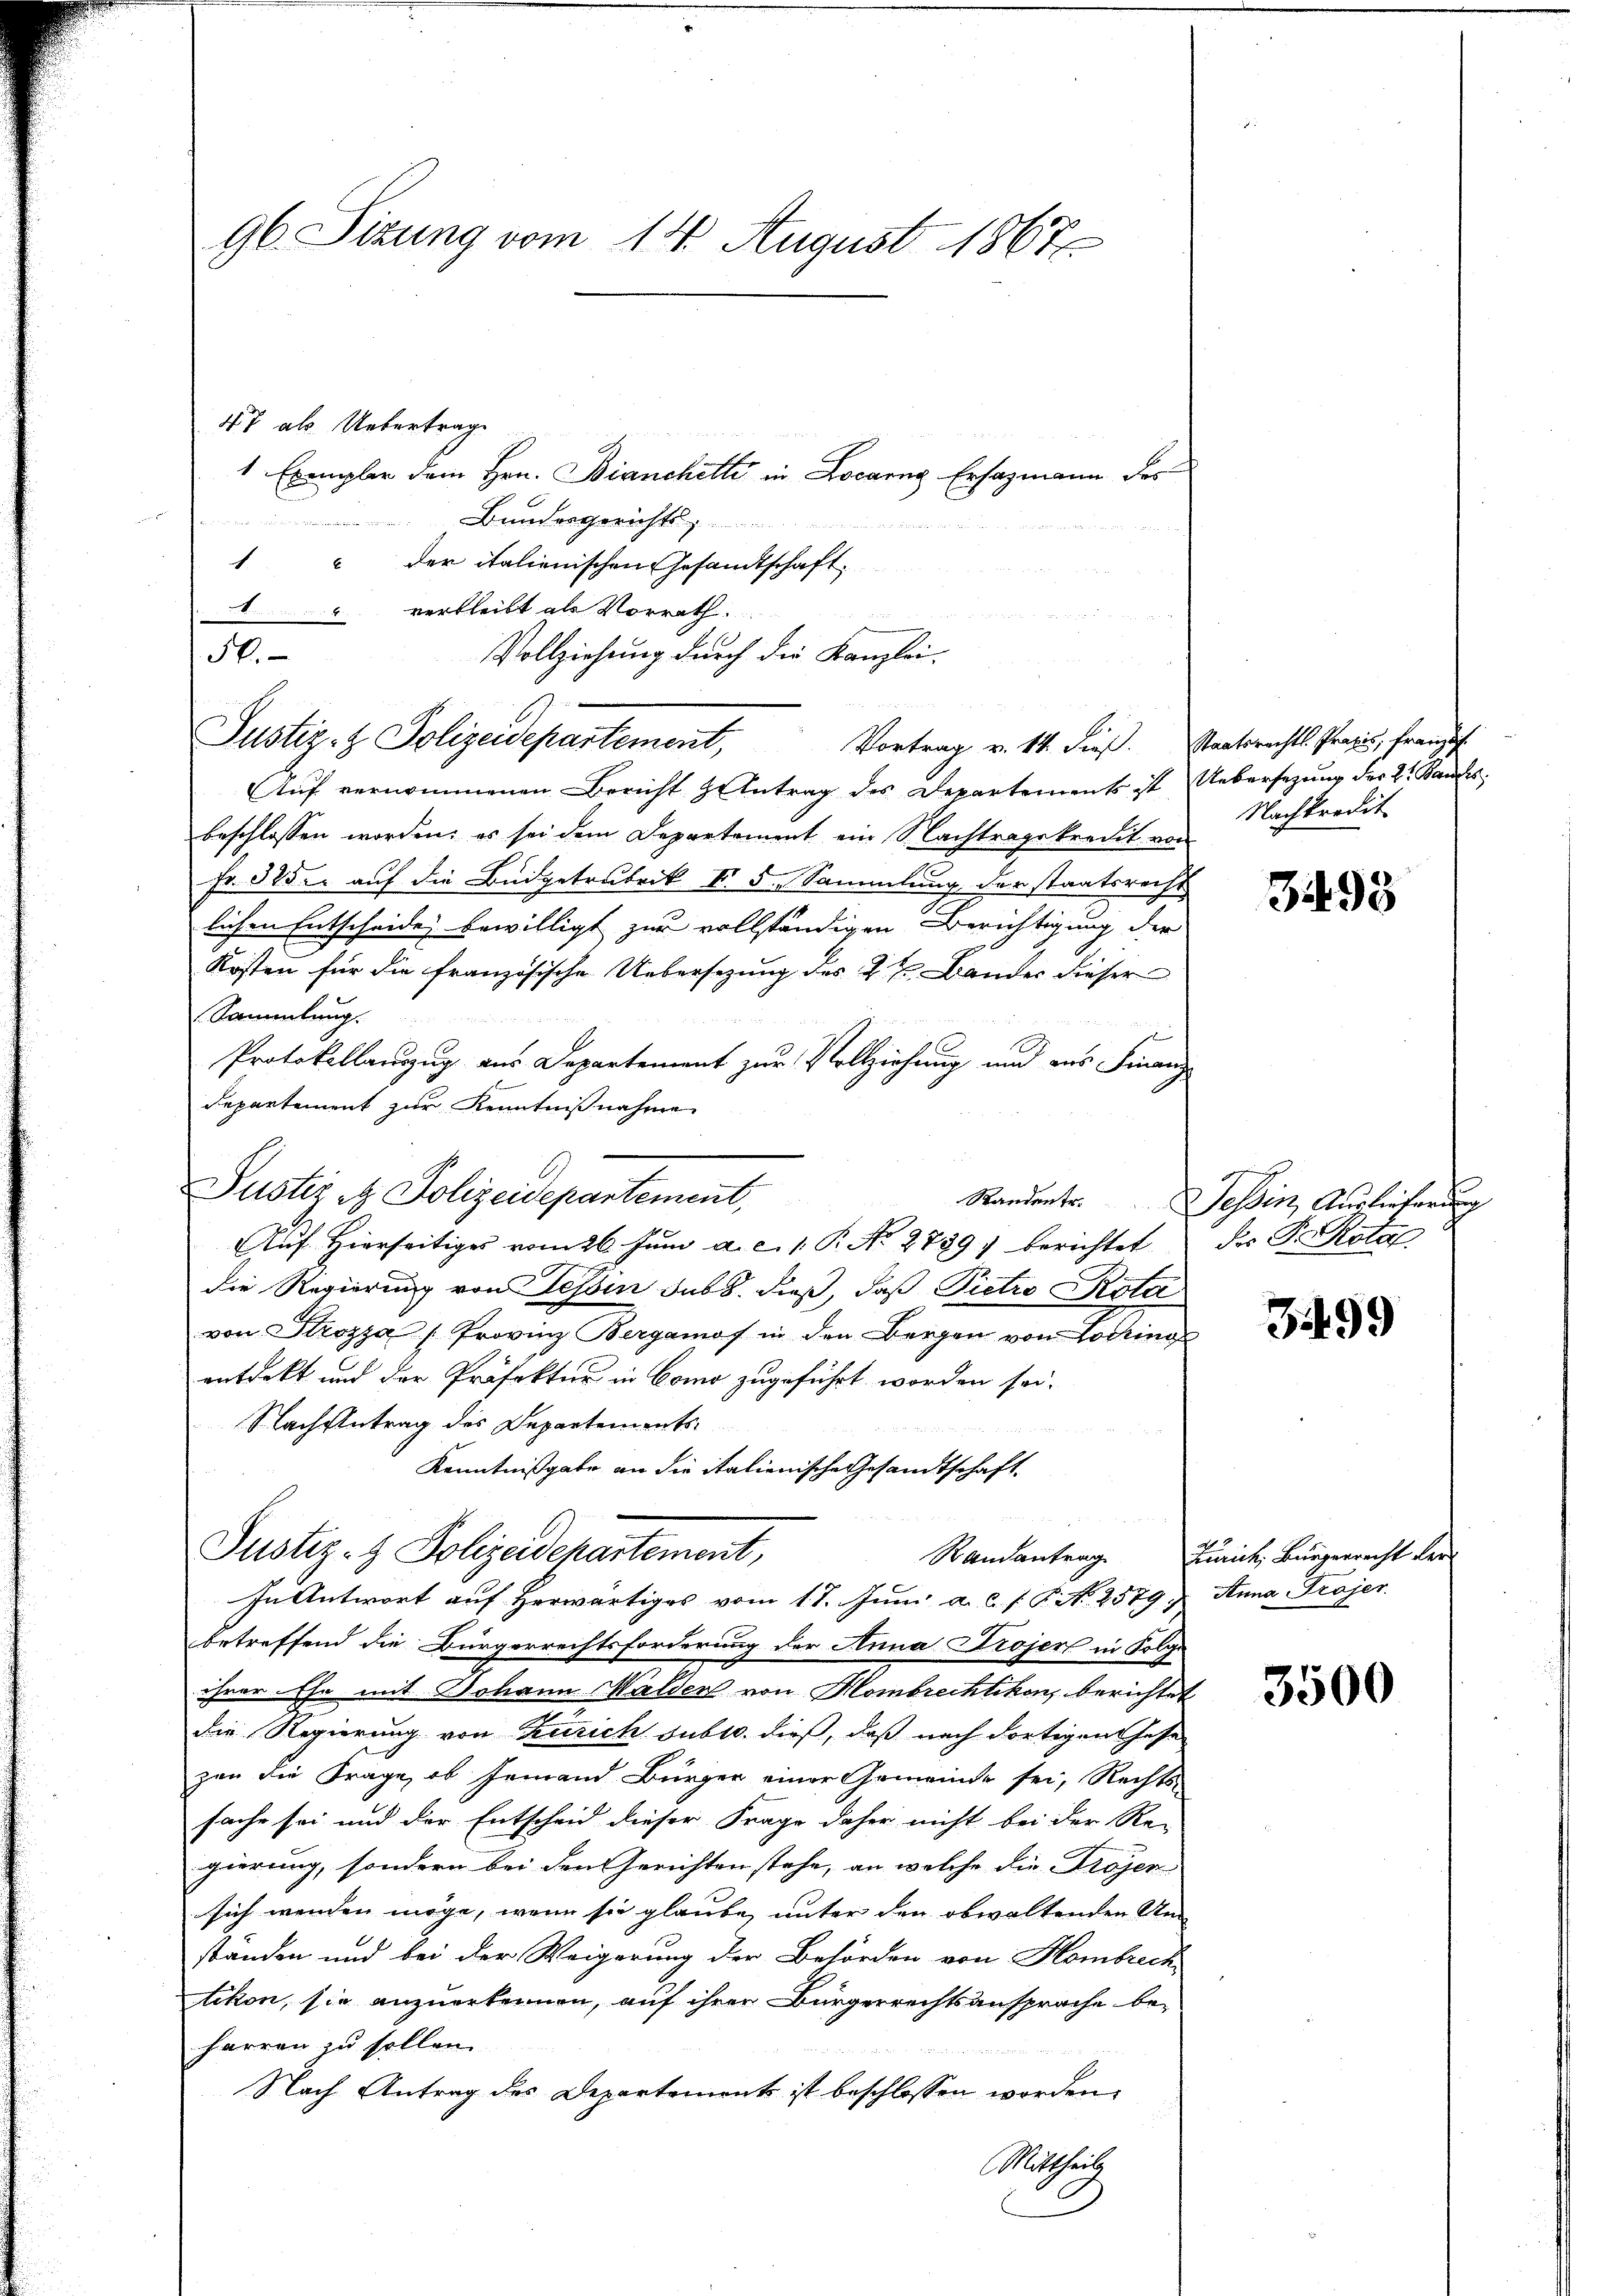
96. Sizung vom 14. August 1867

47 als Uebertrage
1 Exempler dem Hrn. Bianchetti in Locarng Erfazmann des
Bundesgerichts

1 " der italienischen Gesandtschaft
" verbleibt als Vorrath.
Vollziehung durch die Kanzlei-
Vortrag v. 14. dieß. Staatsrechts-Praxis, Französ.
Auf vernommenen Bericht & Antrag des Departements ist Uebersetzung des 2. Bandes,
beschlossen worden; es sei dem Departement ein Nachtragskredit von
Fr. 325. auf die Budgetrubrik No. 5. Sammlung der staatsrecht
lichen Entscheide bewilligt zur vollständigen Berichtigung der
Kosten für die französische Uebersezung des 2t. Bander dieser
Sammlung.
Protokollauszug aus Departement zur Vollziehung und aus Finanz
departement zur Kenntnißnahme
Aŭf Hierseitiges vom 26. Jŭni a. c. 1. P. No. 2739) berichtet
die Regierung von Tessin sub b. dieß, daß Pietro Köta
von Strozza (Provinz Bergamof in den Bergen von Lodring
entdeckt und der Präfektur in Como zugeführt worden sei.
Nachsantrag des Departements¬

Kenntnißgabe an die italienische Gesandtschaft.
Justiz- & Polizeidepartement,
Randantrag
In Antwort auf herwärtiges vom 17. Jŭni a. c. f. P. N. 2579.) Anna Projer
betreffend die Bürgerrechtsforderung der Anna Projer in Folge
ihrer Ehe mit Johann Walder von Hombrechtikon berichtet
die Regierung von Zusich subtr. dieß, daß nach dortigen Hase
zen die Frage, ob Jemand Bürger einer Gemeinde sei, Rechts-
sache sei und der Entscheid dieser Frage daher nicht bei der Re-
gierung, sondern bei den Gerichten stehe, an welche die Projen
sich wenden möge, wenn sie glaube, unter den obwaltenden Um
standen und bei der Weigerung der Behörden von Hombrech
tikon, sie anzuerkennen, auf ihren Bürgerrechtsansprache beharren zu sollen.
Nach Antrag des Departement ist beschlossen worden,
Mittheil

50.
Justiz- & Polizeidepartement,

Justiz & Polizeidepartement,

Nachkredit

3498

Randente. Tessin, Auslieferung
des P. Rotal.

3499

Zürich, Bürgerrecht der

3500